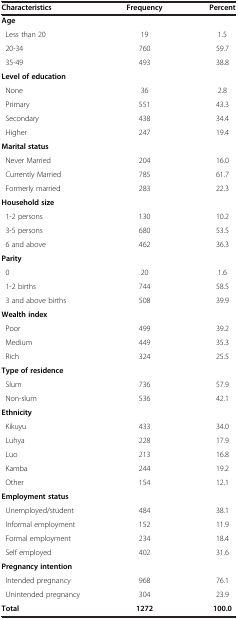
| Characteristics | Frequency | Percent |
 | --- | --- | --- |
 | Age |  |  |
 | Less than 20 | 19 | 1.5 |
 | 20-34 | 760 | 59.7 |
 | 35-49 | 493 | 38.8 |
 | Level of education |  |  |
 | None | 36 | 2.8 |
 | Primary | 551 | 43.3 |
 | Secondary | 438 | 34.4 |
 | Higher | 247 | 19.4 |
 | Marital status |  |  |
 | Never Married | 204 | 16.0 |
 | Currently Married | 785 | 61.7 |
 | Formerly married | 283 | 22.3 |
 | Household size |  |  |
 | 1-2 persons | 130 | 10.2 |
 | 3-5 persons | 680 | 53.5 |
 | 6 and above | 462 | 36.3 |
 | Parity |  |  |
 | 0 | 20 | 1.6 |
 | 1-2 births | 744 | 58.5 |
 | 3 and above births | 508 | 39.9 |
 | Wealth index |  |  |
 | Poor | 499 | 39.2 |
 | Medium | 449 | 35.3 |
 | Rich | 324 | 25.5 |
 | Type of residence |  |  |
 | Slum | 736 | 57.9 |
 | Non-slum | 536 | 42.1 |
 | Ethnicity |  |  |
 | Kikuyu | 433 | 34.0 |
 | Luhya | 228 | 17.9 |
 | Luo | 213 | 16.8 |
 | Kamba | 244 | 19.2 |
 | Other | 154 | 12.1 |
 | Employment status |  |  |
 | Unemployed/student | 484 | 38.1 |
 | Informal employment | 152 | 11.9 |
 | Formal employment | 234 | 18.4 |
 | Self employed | 402 | 31.6 |
 | Pregnancy intention |  |  |
 | Intended pregnancy | 968 | 76.1 |
 | Unintended pregnancy | 304 | 23.9 |
 | Total | 1272 | 100.0 |